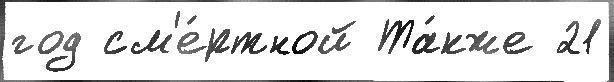
год см'е́ртной Та́кже 21